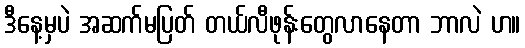
ဒီနေ့မှပဲ အဆက်မပြတ် တယ်လီဖုန်းတွေလာနေတာ ဘာလဲ ဟ။